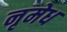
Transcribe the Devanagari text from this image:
नृमेध